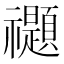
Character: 禵